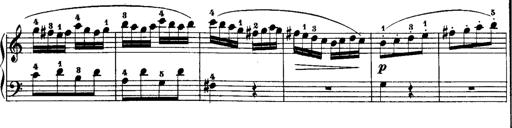
Title: Rondos and Sonatinas for Pianoforte
Composer: Daniel Steibelt